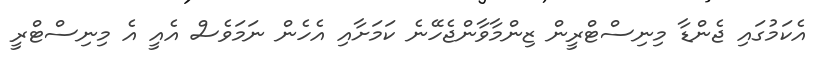
އެކަމުގައި ޖެންޑާ މިނިސްޓްރީން ޒިންމާވާންޖެހޭނެ ކަމަށާއި އެހެން ނަމަވެސް އެއީ އެ މިނިސްޓްރީ